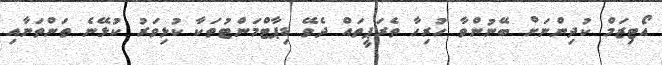
އޯޓިޒަމް ކުދިންނަށް ބޭނުންވާ ހުރިހާ ތެރަޕީތައް ދެވޭ ޑިޕާޓްމަންޓުތަކާ ކުޅިވަރު ކުޅޭނެ ތަންތަނާއި